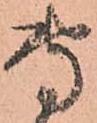
専